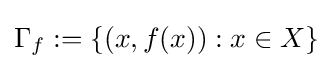
\Gamma _{f}:=\{(x,f(x)):x\in X\}